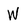
Character: W